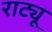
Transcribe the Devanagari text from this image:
राट्यू